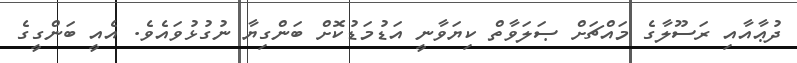
ދުޢާއާއި ރަސޫލާގެ މައްޗަށް ޞަލަވާތް ކިޔަވާނީ އަޑުމަޑުކޮށް ބަންގިޔާ ނުގުޅުވައެވެ. އެއީ ބަންގީގެ